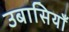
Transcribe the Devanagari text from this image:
उबासियाँ